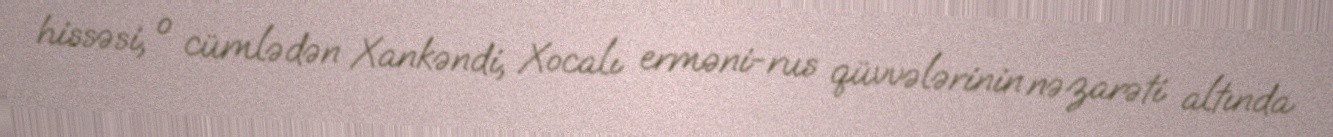
hissəsi, o cümlədən Xankəndi, Xocalı erməni-rus qüvvələrinin nəzarəti altında